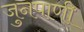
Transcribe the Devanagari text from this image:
जुनपाणी